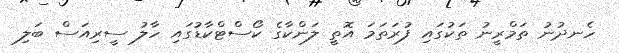
ހެނދުނު ތަމްރީނު ތަކުގައި ފުރަތަމަ އޮތީ ލަންކާގެ ކޯސްޓްކާޑުގައި ހާލު ސީރިއަސް ބަލި